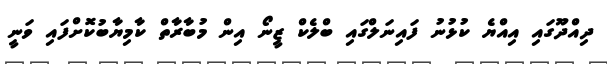
ދިއްދޫގައި އިއްޔެ ކުޅުނު ފައިނަލްގައި ބްލެކް ޒީނޯ އިން މުބާރާތް ކާމިޔާބުކޮށްފައި ވަނީ